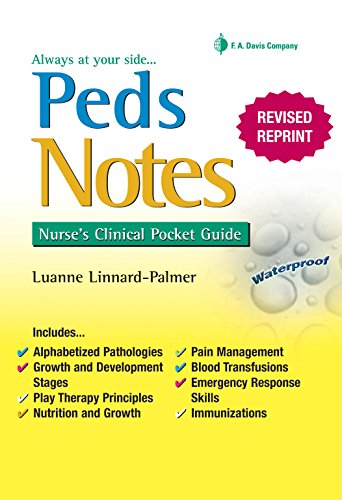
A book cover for PedsNotes: Nurse's Clinical Pocket Guide (Nurse's Clinical Pocket Guides); Luanne Linnard-Palmer RN  MSN  EdD; Medical Books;